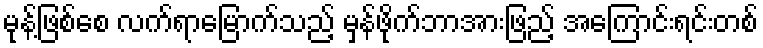
မုန့်ဖြစ်စေ လက်ရာမြောက်သည့် မှန်ဖိုက်ဘာအားဖြည့် အကြောင်းရင်းတစ်